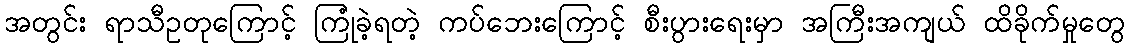
အတွင်း ရာသီဥတုကြောင့် ကြုံခဲ့ရတဲ့ ကပ်ဘေးကြောင့် စီးပွားရေးမှာ အကြီးအကျယ် ထိခိုက်မှုတွေ